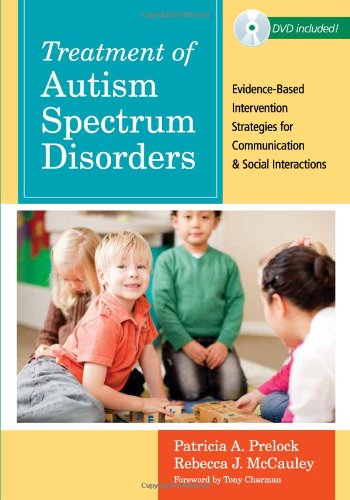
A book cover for Treatment of Autism Spectrum Disorders: Evidence-Based Intervention Strategies for Communication and Social Interactions (CLI); Medical Books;